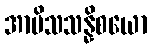
အာမိသသန္နိစယော